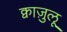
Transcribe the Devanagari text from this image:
क्वाज़ुलू